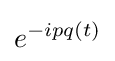
e^{-ipq(t)}